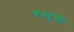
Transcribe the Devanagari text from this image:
वस्तुंची